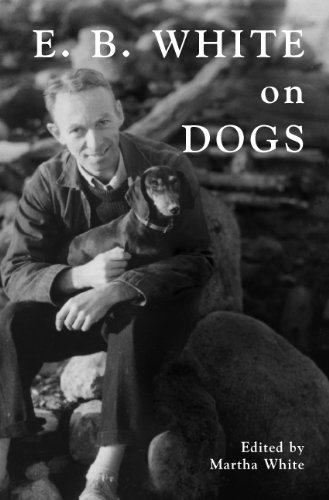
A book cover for E. B. White on Dogs; E. B. White; Crafts, Hobbies & Home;